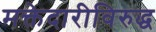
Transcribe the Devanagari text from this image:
मक्तेदारीविरुद्ध